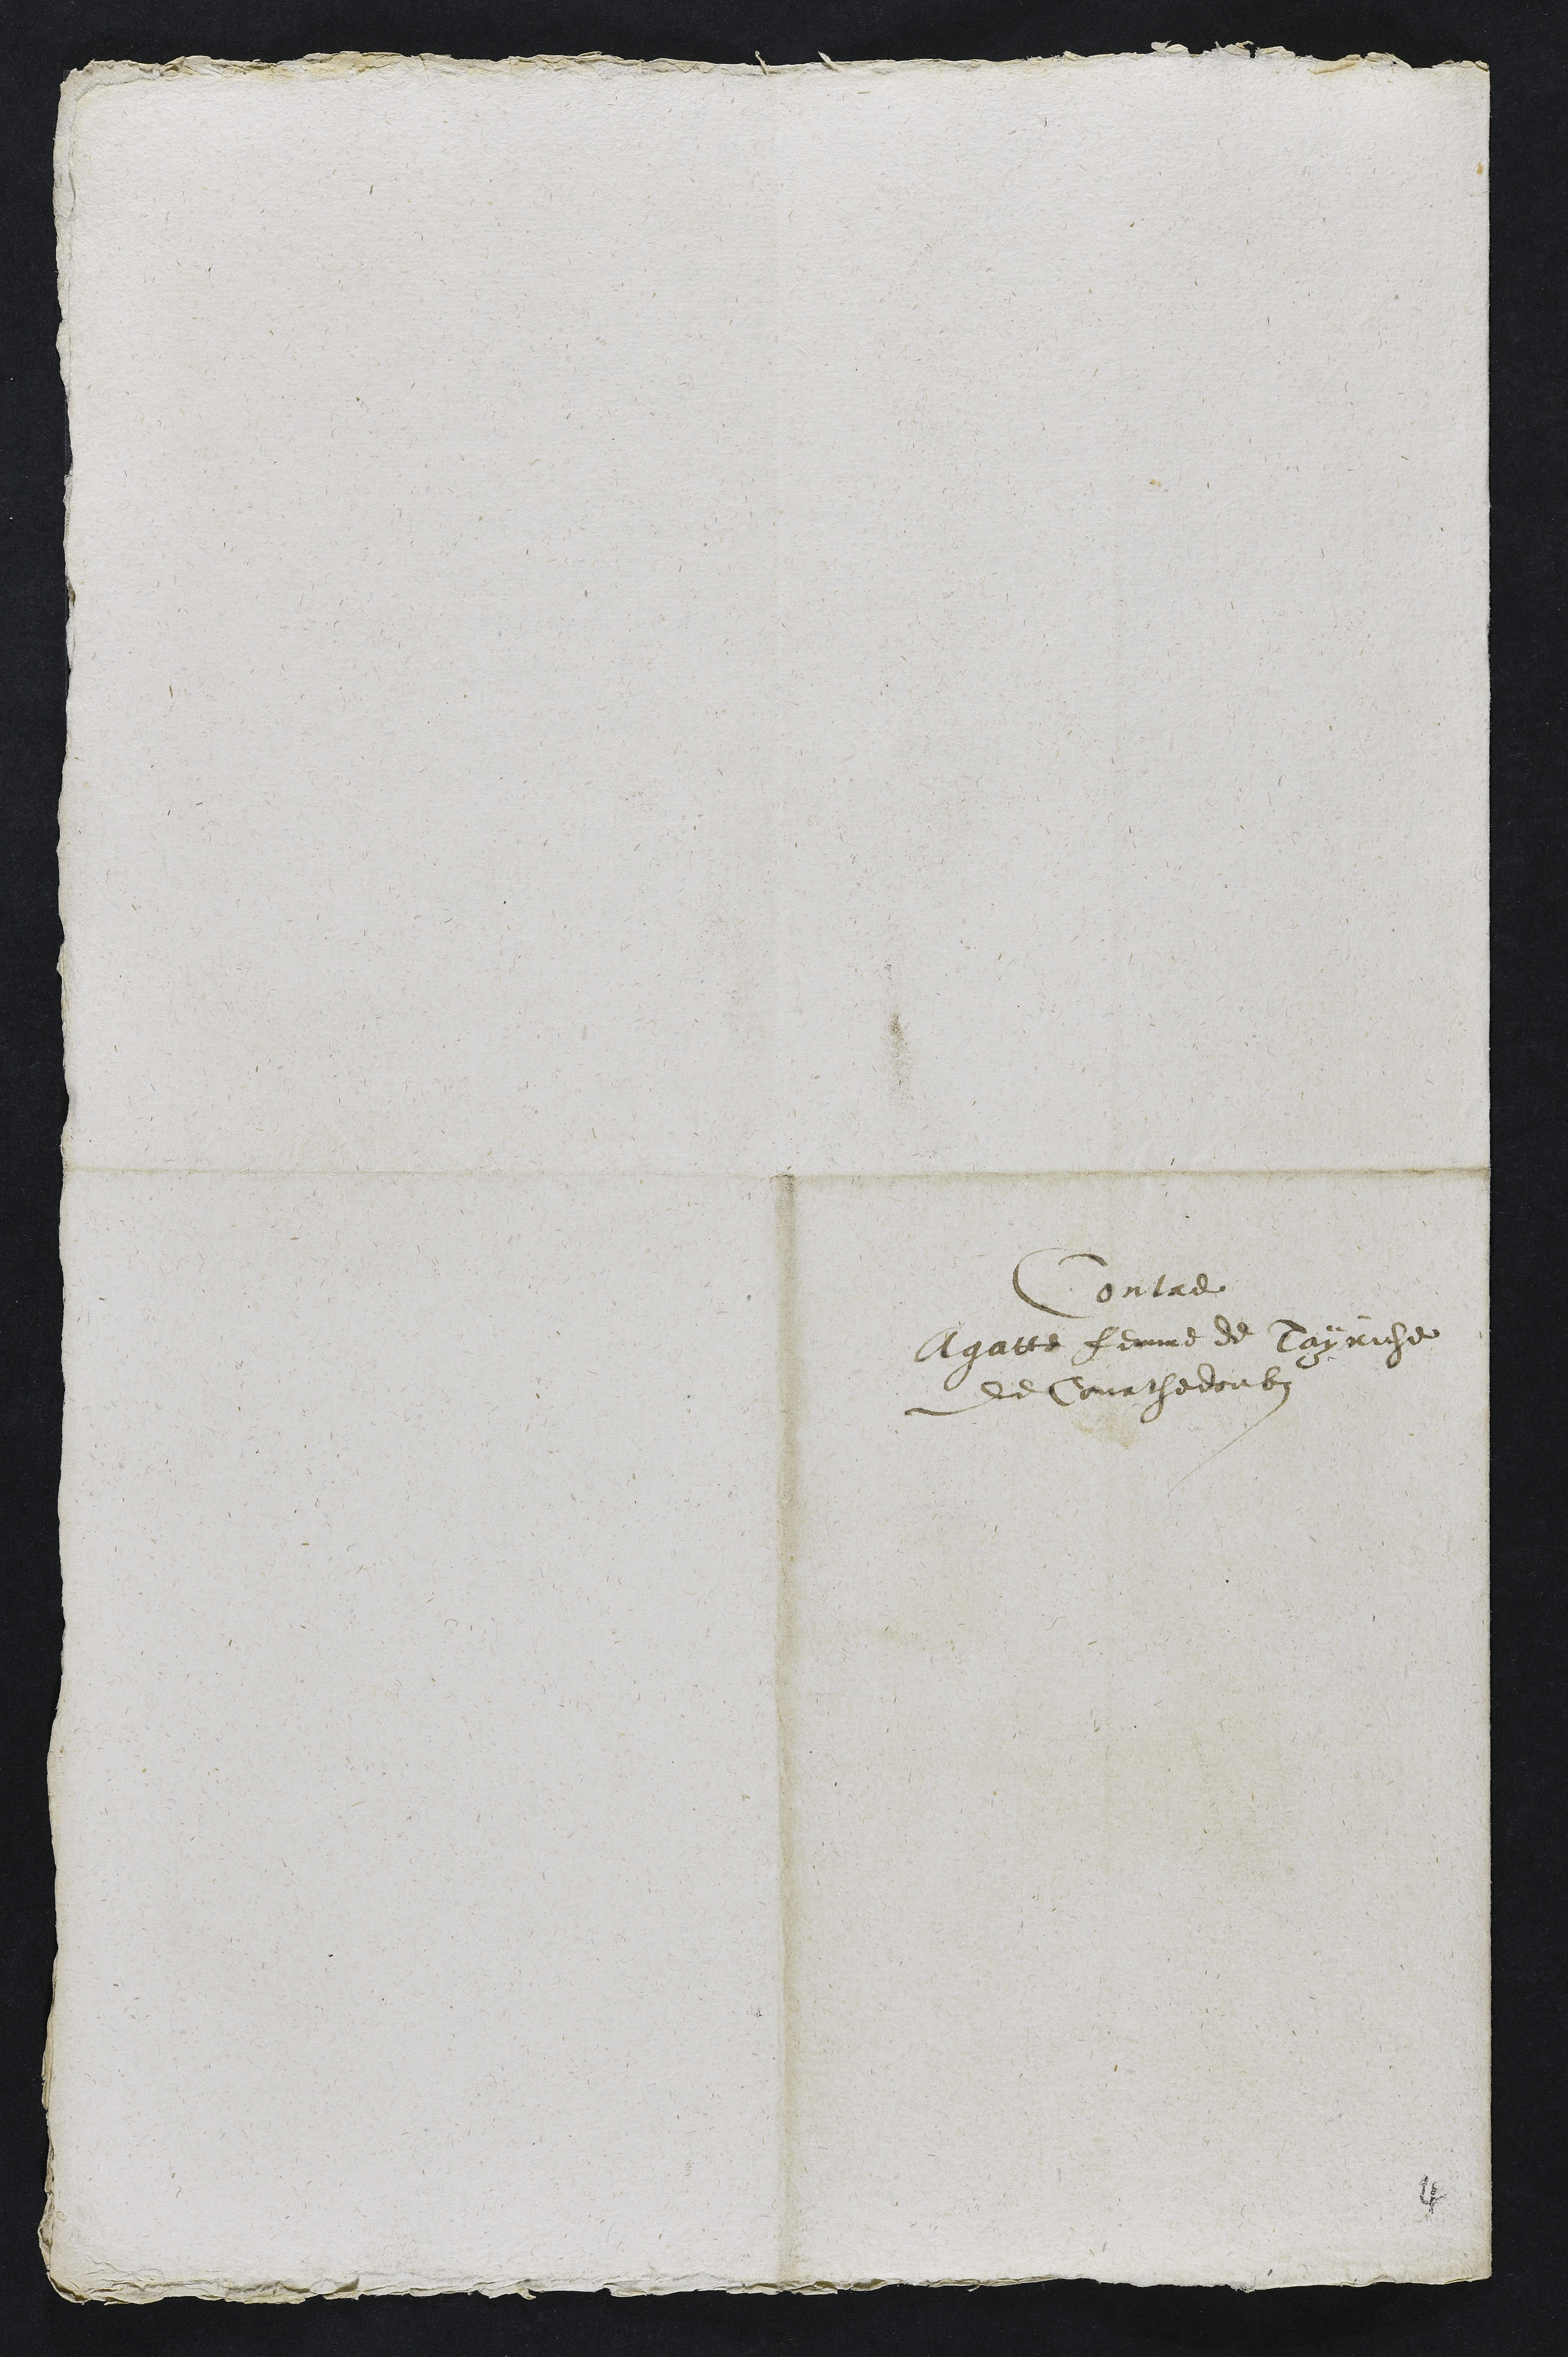
Contre
Agatte femme de Tayriche
de Courthedoubs